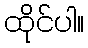
ထိုင်ပါ။